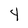
Character: 4